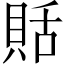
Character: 𧵳